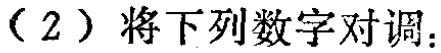
（2）将下列数字对调：